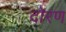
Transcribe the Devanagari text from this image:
दोरण